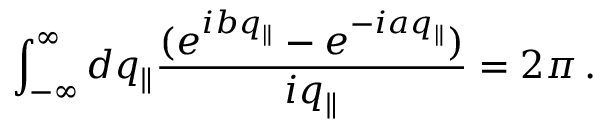
\int _ { - \infty } ^ { \infty } d q _ { \Vert } \frac { ( e ^ { i b q _ { \Vert } } - e ^ { - i a q _ { \Vert } } ) } { i q _ { \Vert } } = 2 \pi \, .